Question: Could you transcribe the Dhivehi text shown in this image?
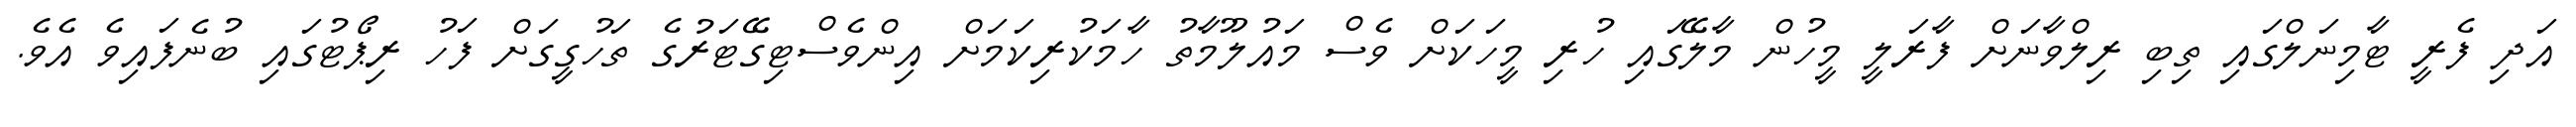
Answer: އަދި ފެރީ ޓާމިނަލްގައި ތިބި ރިލްވާނަށް ފާރަލީ މީހުން މާލޭގައި ހުރި މީހަކަށް ވެސް މައުލޫމާތު ހާމަކުރިކަމަށް އިންވެސްޓިގޭޓަރުގެ ތަހުގީގަށް ފަހު ރިޕޯޓުގައި ބުނެފައިވެ އެވެ.